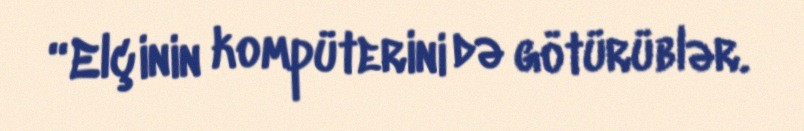
“Elçinin kompüterini də götürüblər.